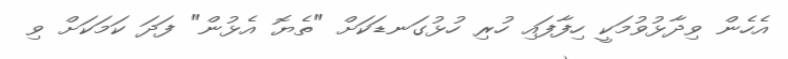
އެހެން ވިދާޅުވުމަކީ ހިފާފައި ހުރި ހުޅުގަނޑަކަށް "ތެޔޮ އެޅުން" ފަދަ ކަމަކަށް ވި